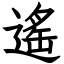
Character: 遙